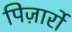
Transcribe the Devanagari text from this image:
पिज़ार्रो